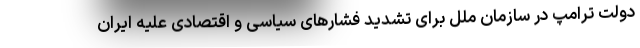
دولت ترامپ در سازمان ملل برای تشدید فشارهای سیاسی و اقتصادی علیه ایران